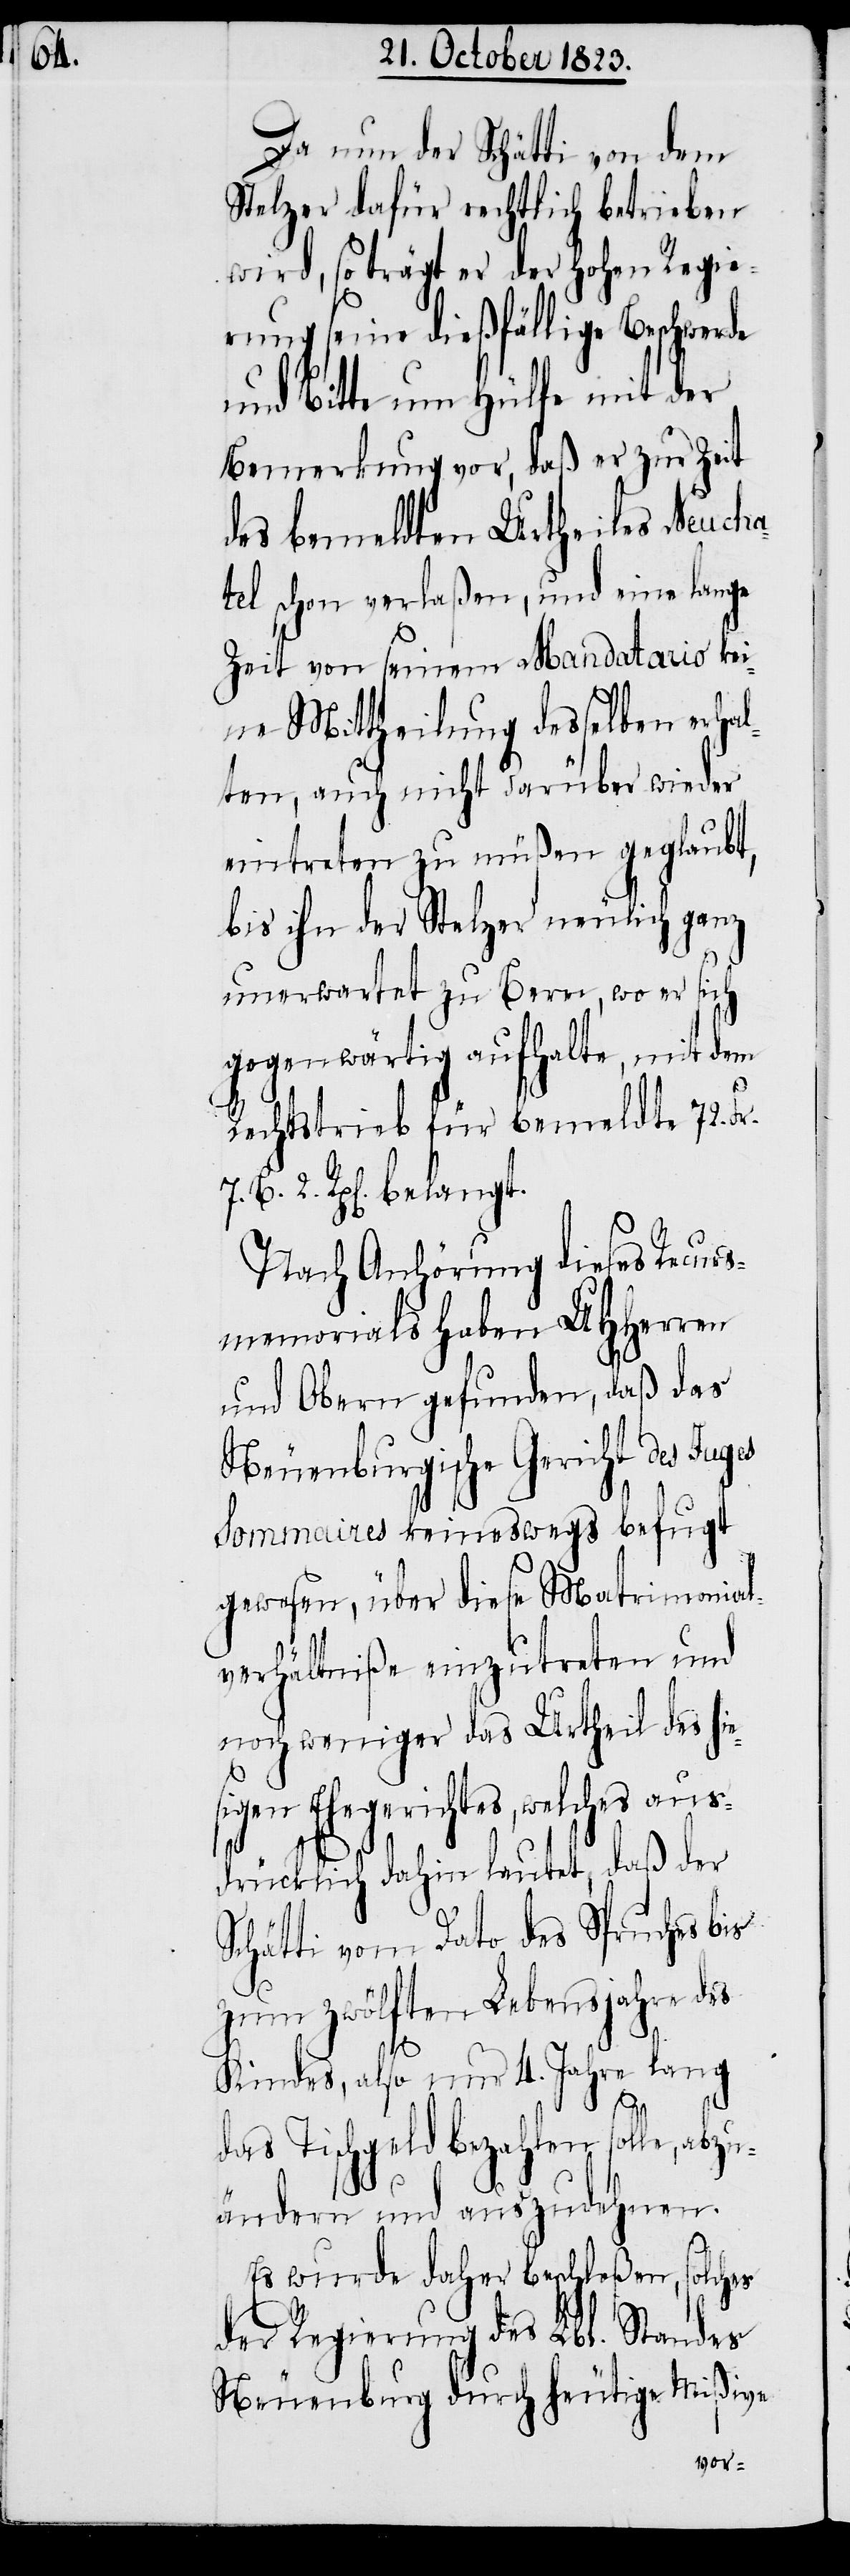
Da nun der Schätti von dem
Stelzer dafür rechtlich betrieben
wird, so trägt er der hohen Regie¬
rung seine dießfällige Beschwerde
und Bitte um Hülfe mit der
Bemerkung vor, das er zur Zeit
des bemeldten Urtheiles Neucha¬
tel schon verlaßen, und eine lange
Zeit von seinem Mandatario kei¬
ne Mittheilung desselben erhal¬
ten, auch nicht darüber wieder
eintreten zu müßen geglaubt,
bis ihn der Stelzer neulich ganz
unerwartet zu Bern, wo er sich
gegenwärtig aufhalte, mit dem
Rechtstrieb für bemeldte 72. Fr.
7. B. 2. Rp[en]. belangt.
Nach Anhörung dieses Recurs¬
memorials haben UHHerren
und Obern gefunden, daß das
Neuenburgische Gericht des Juges
Sommaires keineswegs befugt
gewesen, über diese Matrimonial¬
verhältniße einzutreten und
noch weniger das Urtheil des hie¬
sigen Ehegerichtes, welches aus¬
drücklich dahin lautet, daß der
Schätti vom Dato des Spruches bis
zum zwölften Lebensjahre des
Kindes, also nur 4. Jahre lang
das Tischgeld bezahlen solle, abzu¬
ändern und auszudehnen.
Es wurde daher beschloßen, solches
der Regierung des Lbl. Standes
Neuenburg durch heutige Mißive